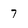
Character: 7